Civil Veterinary Department Bihar & Orissa reports 1922-29 - 1922-1929
Year: 1922
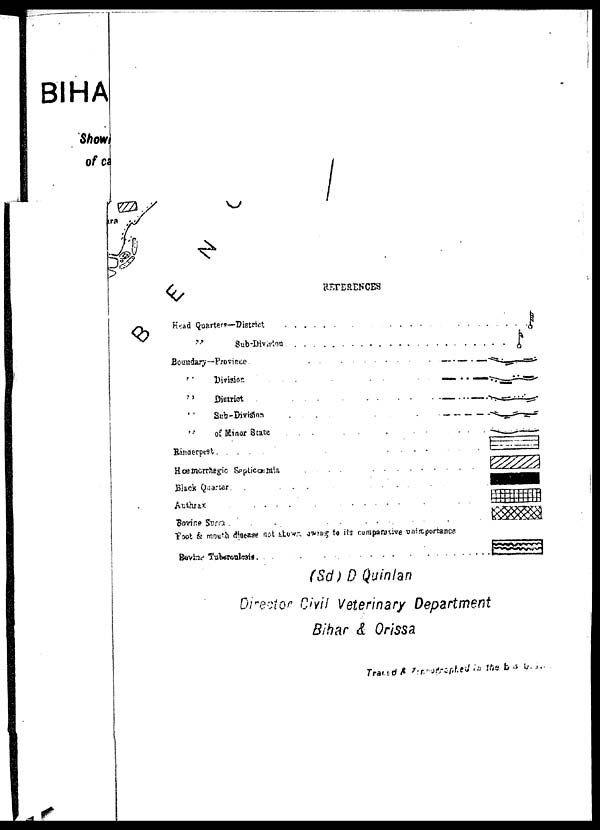
REFERENCES
Head Quarters—District
Sub-Division
Boundary—Province.
"
District
' '
Sub-DiviSon
.............
"
of Minor State
...
.
. .
Rinderpest
......
Hæmorrhegio Septicæmia.....
Black Quarter.
...
"Bovine Surra.
.
Foot & mouth disease not stown owang to its comparative unimportance
Bovine
TUBEROULOSIS
(Sd) D Quinlan
Director Civil Veterinary Department
Bihar & Orissa